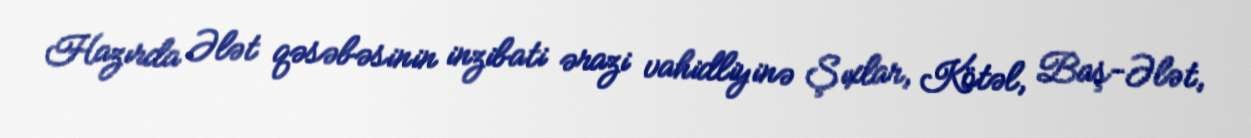
Hazırda Ələt qəsəbəsinin inzibati ərazi vahidliyinə Şıxlar, Kötəl, Baş-Ələt,